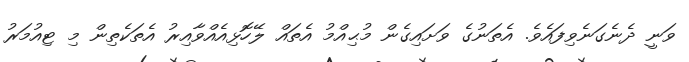
ވަނީ ދެނެގަނެވިފައެވެ. އެތަނުގެ ވަށައިގެން މުޙިއްމު އެތައް ލޭހޮޅިއެއްވާއިރު އެތަކެތިން މި ޓިއުމަރު